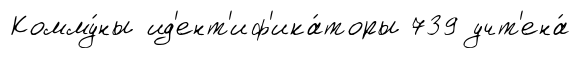
Комму́ны ид'ент'иф'ика́торы 739 учт'ена́